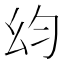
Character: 𭙋